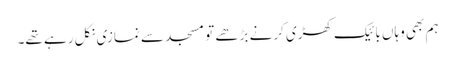
ہم بھی وہاں بائیک کھڑی کرنے بڑھے تو مسجد سے نمازی نکل رہے تھے۔